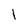
Character: I